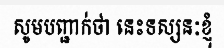
សូមបញ្ជាក់ថា នេះទស្សនៈខ្ញុំ